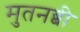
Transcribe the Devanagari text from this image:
मुतनब्बी